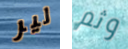
لير وثم